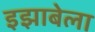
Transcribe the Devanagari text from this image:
इझाबेला